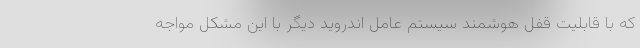
که با قابلیت قفل هوشمند سیستم عامل اندروید دیگر با این مشکل مواجه